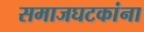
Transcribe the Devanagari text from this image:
समाजघटकांना